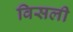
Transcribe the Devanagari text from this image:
विसली